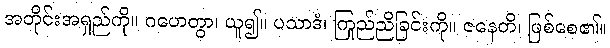
အတိုင်းအရှည်ကို။ ဂဟေတွာ၊ ယူ၍။ ပသာဒံ၊ ကြည်ညိုခြင်းကို။ ဇနေတိ၊ ဖြစ်စေ၏။